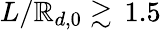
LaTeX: L/\mathbb{R}_{d,0}\gtrsim\, 1.5